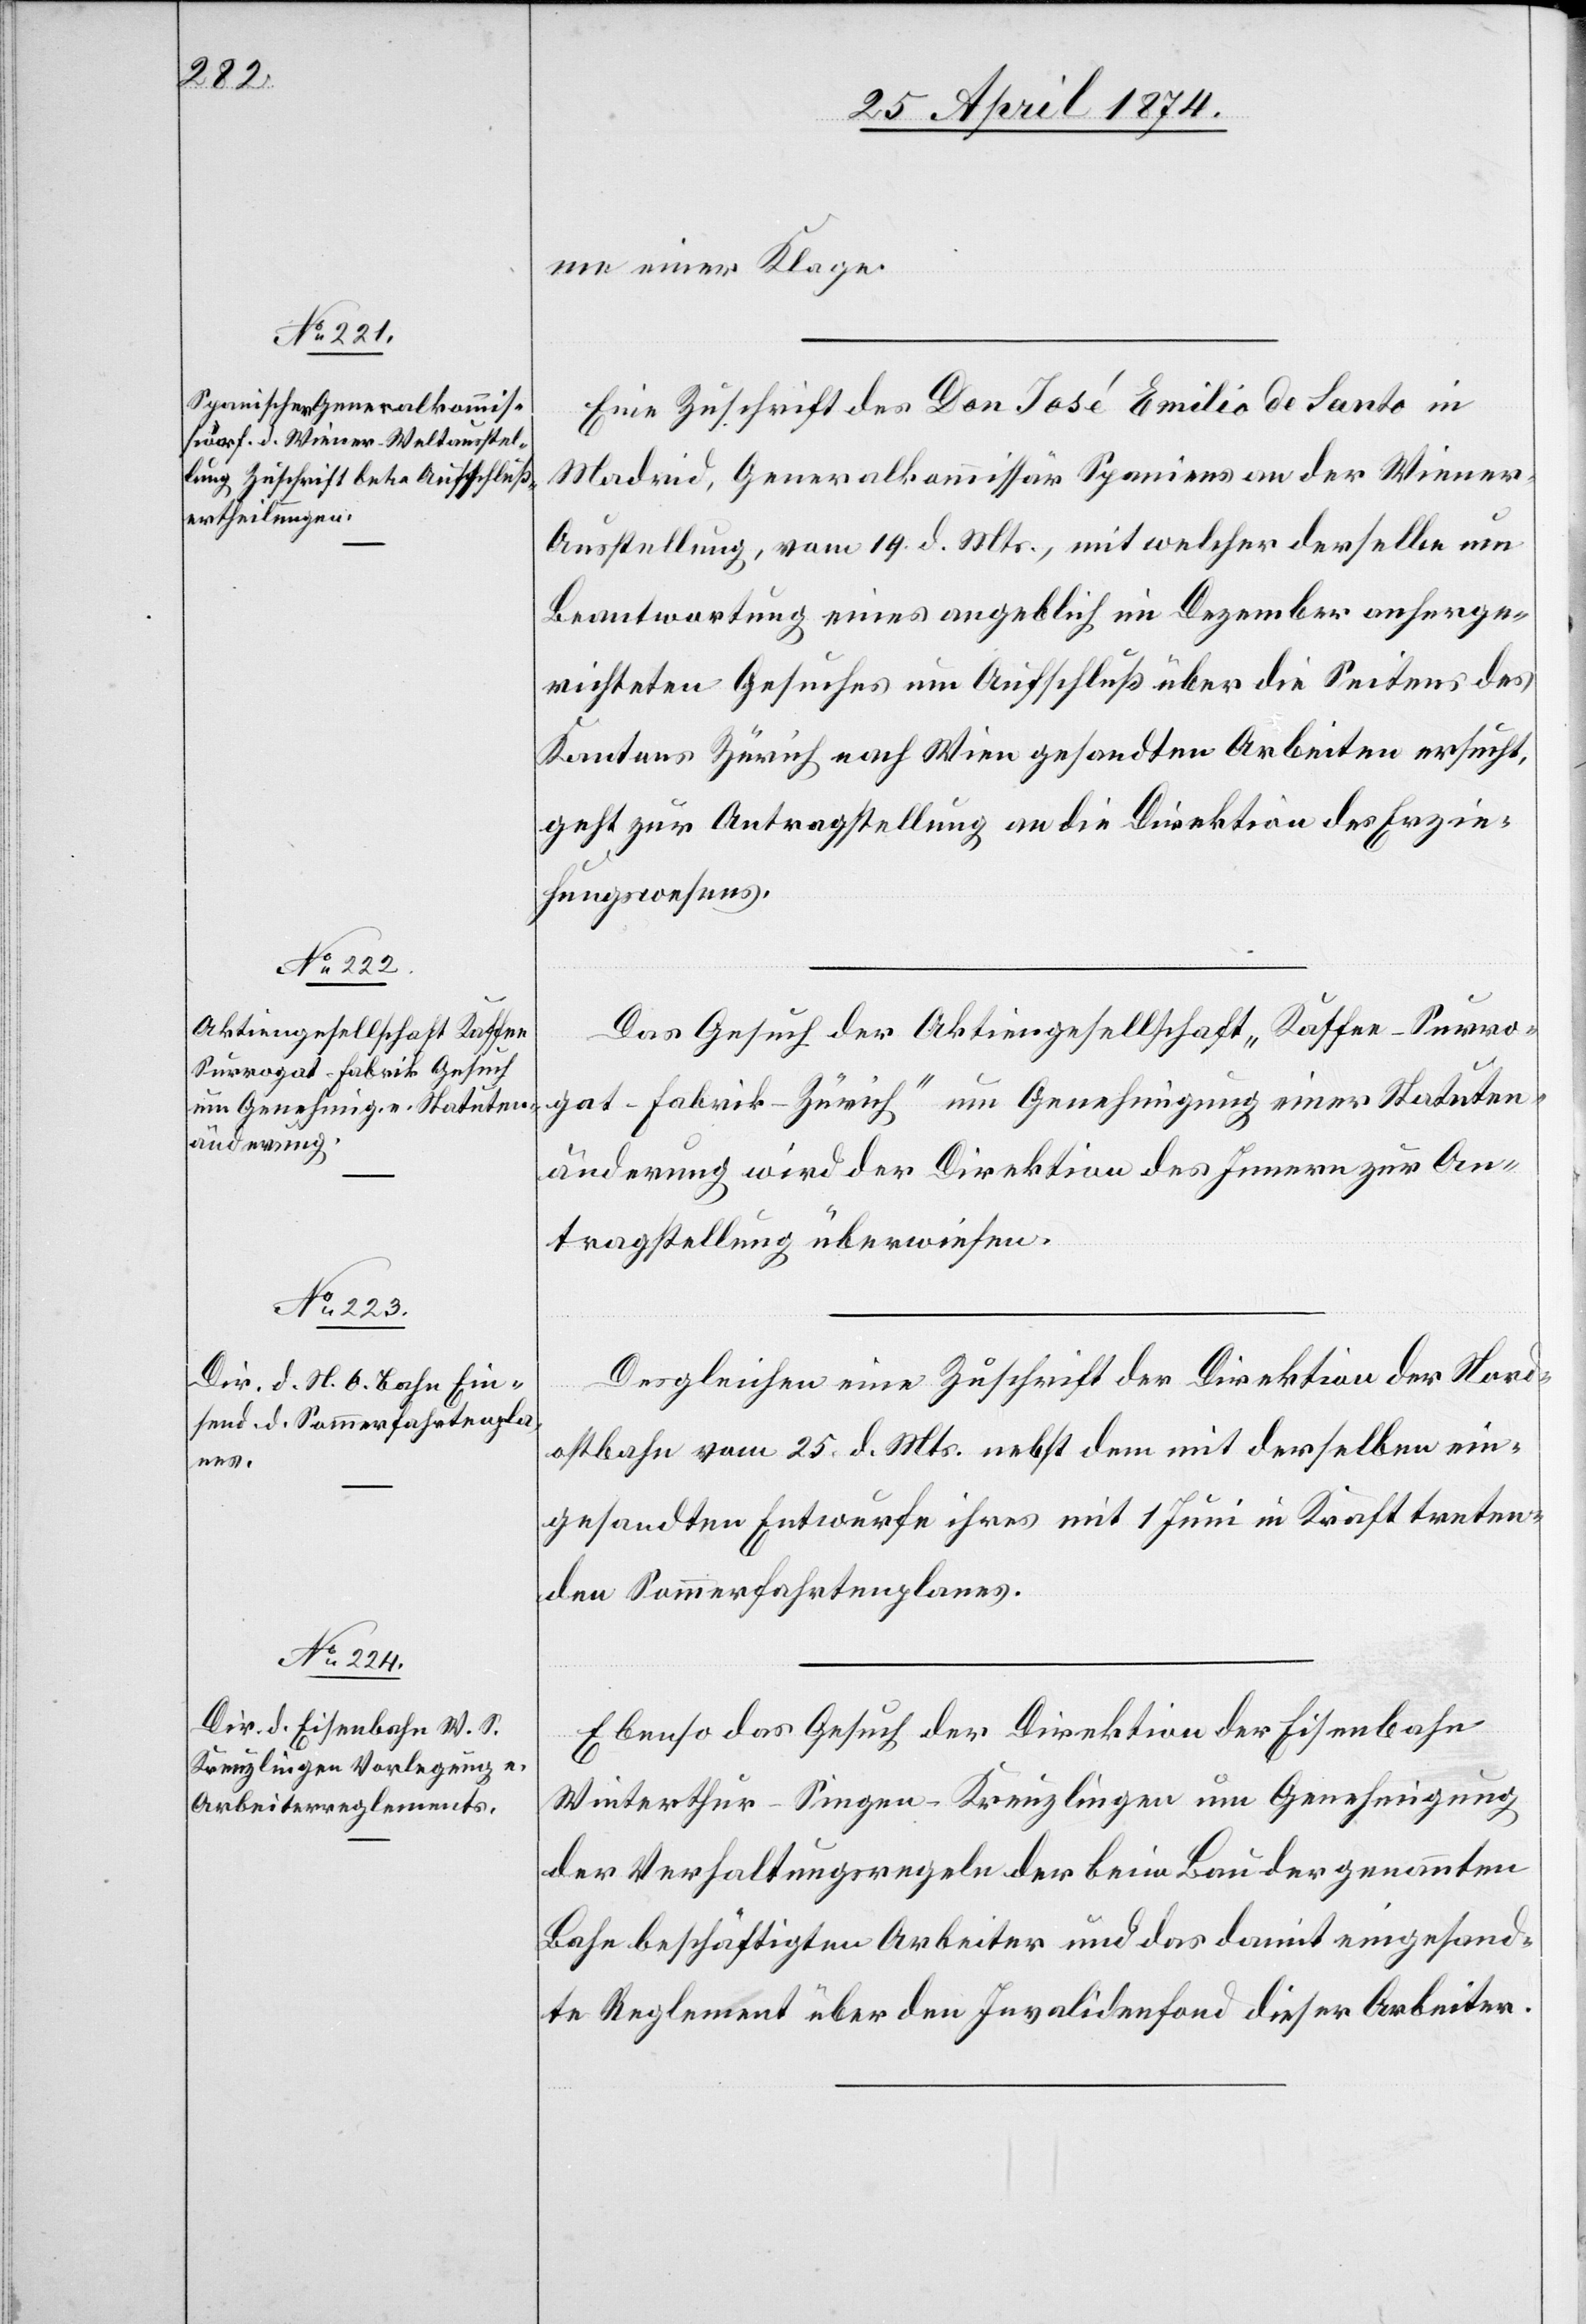
27. April 1874.]
me einer Klage.
Eine Zuschrift des Don José Emilio de Santo in
Madrid, Generalkommissär Spaniens an der Wiene¬
r-Ausstellung, vom 19 d. Mts., mit welcher derselbe um
Beantwortung eines angeblich im Dezember anherge¬
richteten Gesuches um Aufschluß über die Seitens des
Kantons Zürich nach Wien gesandten Arbeiten ersucht,
geht zur Antragstellung an die Direktion des Erzie¬
hungswesens.
Das Gesuch der Aktiengesellschaft „Kaffee-Surro¬
gat-Fabrik-Zürich“ um Genehmigung einer Statuten¬
änderung wird der Direktion des Innern zur An¬
tragstellung überwiesen.
Desgleichen eine Zuschrift der Direktion der Nord¬
ostbahn vom 25. d. Mts. nebst dem mit derselben ein¬
gesandten Entwurfe ihres mit 1. Juni in Kraft treten¬
den Sommerfahrtenplanes.
Ebenso das Gesuch der Direktion der Eisenbahn
Winterthur-Singen-Kreuzlingen um Genehmigung
der Verhaltungsregeln der beim Bau der genannten
Bahn beschäftigten Arbeiter und das damit eingesand¬
te Reglement über den Invalidenfond dieser Arbeiter.